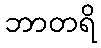
ဘာတရိ